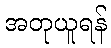
အတုယူရန်